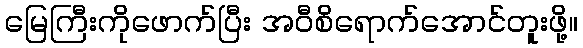
မြေကြီးကိုဖောက်ပြီး အဝီစိရောက်အောင်တူးဖို့။